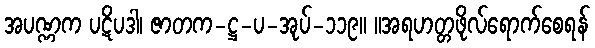
အပဏ္ဏက ပဋိပဒါ၊ ဇာတက-ဋ္ဌ-ပ-အုပ်-၁၁၉။ ။အရဟတ္တဖိုလ်ရောက်စေရန်